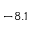
- 8 . 1